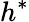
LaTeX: h^{*}